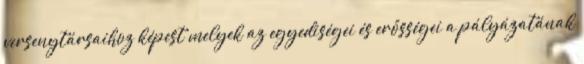
versenytársaihoz képest melyek az egyediségei és erősségei a pályázatának